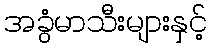
အခွံမာသီးများနှင့်